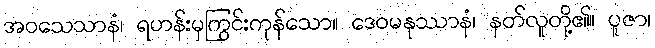
အဝသေသာနံ၊ ရဟန်းမှကြွင်းကုန်သော။ ဒေဝမနုဿာနံ၊ နတ်လူတို့၏။ ပူဇာ၊